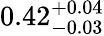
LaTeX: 0.42_{-0.03}^{+0.04}